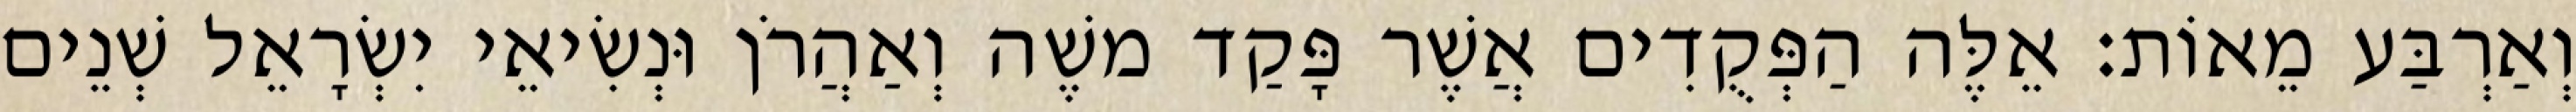
וְאַרְבַּע מֵאוֹת׃ אֵלֶּה הַפְּקֻדִים אֲשֶׁר פָּקַד משֶׁה וְאַהֲרֹן וּנְשִׂיאֵי יִשְׂרָאֵל שְׁנֵים